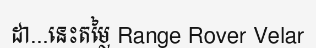
ដា...នេះតម្លៃ Range Rover Velar